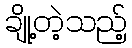
ချို့တဲ့သည့်